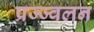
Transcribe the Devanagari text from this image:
प्रज्ज्वलन